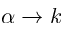
\alpha \rightarrow k